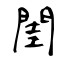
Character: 閨